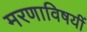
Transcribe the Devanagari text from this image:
मरणाविषयीं